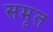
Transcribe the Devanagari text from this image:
समृत